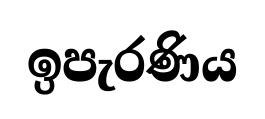
ඉපැරණිය